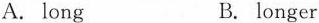
A.long B.longer